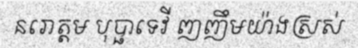
នរោត្តម បុប្ផាទេវី ញញឹមយ៉ាងស្រស់